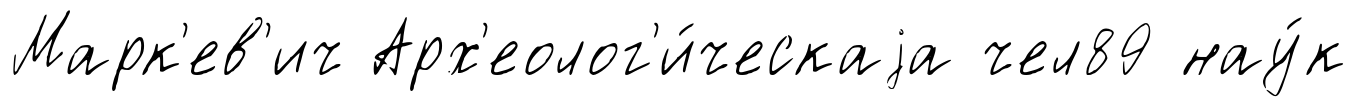
Марк'ев'ич Арх'еолог'и́ческаjа чел89 нау́к